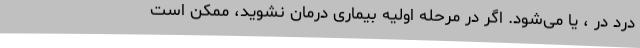
درد در ، یا می‌شود. اگر در مرحله اولیه بیماری درمان نشوید، ممکن است